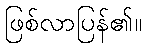
ဖြစ်လာပြန်၏။